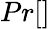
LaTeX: Pr[]